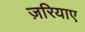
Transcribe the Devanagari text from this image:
ज़रियाए